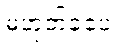
မဟုတ်ခဲ့ပေ